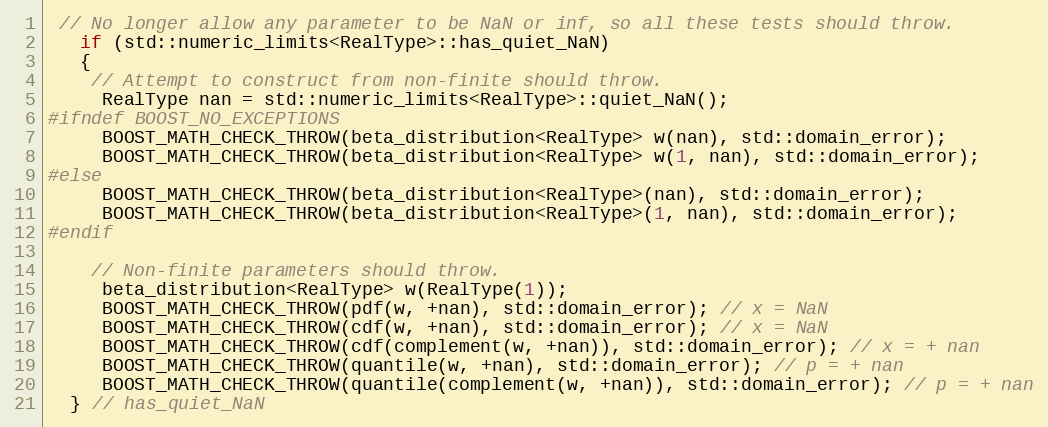
Language: C++
 // No longer allow any parameter to be NaN or inf, so all these tests should throw.
   if (std::numeric_limits<RealType>::has_quiet_NaN)
   {
    // Attempt to construct from non-finite should throw.
     RealType nan = std::numeric_limits<RealType>::quiet_NaN();
#ifndef BOOST_NO_EXCEPTIONS
     BOOST_MATH_CHECK_THROW(beta_distribution<RealType> w(nan), std::domain_error);
     BOOST_MATH_CHECK_THROW(beta_distribution<RealType> w(1, nan), std::domain_error);
#else
     BOOST_MATH_CHECK_THROW(beta_distribution<RealType>(nan), std::domain_error);
     BOOST_MATH_CHECK_THROW(beta_distribution<RealType>(1, nan), std::domain_error);
#endif

    // Non-finite parameters should throw.
     beta_distribution<RealType> w(RealType(1));
     BOOST_MATH_CHECK_THROW(pdf(w, +nan), std::domain_error); // x = NaN
     BOOST_MATH_CHECK_THROW(cdf(w, +nan), std::domain_error); // x = NaN
     BOOST_MATH_CHECK_THROW(cdf(complement(w, +nan)), std::domain_error); // x = + nan
     BOOST_MATH_CHECK_THROW(quantile(w, +nan), std::domain_error); // p = + nan
     BOOST_MATH_CHECK_THROW(quantile(complement(w, +nan)), std::domain_error); // p = + nan
  } // has_quiet_NaN